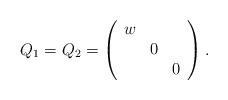
\begin{align*}Q_1=Q_2=\left(\begin{array}{ccc}w & & \\ & 0 & \\ & & 0\end{array} \right).\end{align*}